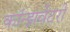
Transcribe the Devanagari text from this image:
कॉन्झर्वेटरी